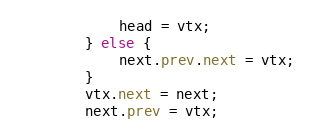
Language: Java
            head = vtx;
        } else {
            next.prev.next = vtx;
        }
        vtx.next = next;
        next.prev = vtx;